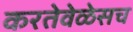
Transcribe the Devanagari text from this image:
करतेवेळेसच